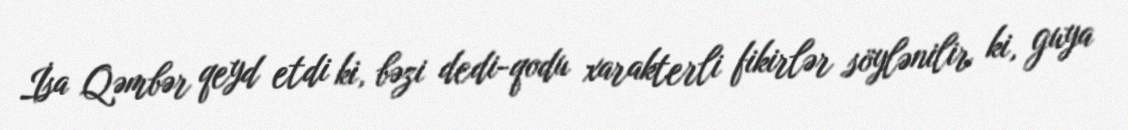
İsa Qəmbər qeyd etdi ki, bəzi dedi-qodu xarakterli fikirlər söylənilir ki, guya